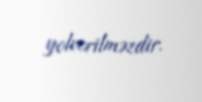
yolverilməzdir.